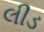
લીડ